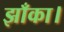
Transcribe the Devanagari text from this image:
झाँका।